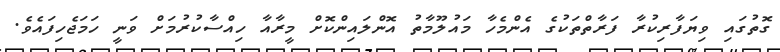
ގޮތުގައި ވިޔަފާރިކުރާ ފަރާތްތަކުގެ އެންމެހާ މައުލޫމާތު އޮންލައިންކޮށް މީރާއާ ހިއްސާކުރުމަށް ވަނީ ހަމަޖެހިފައެވެ.